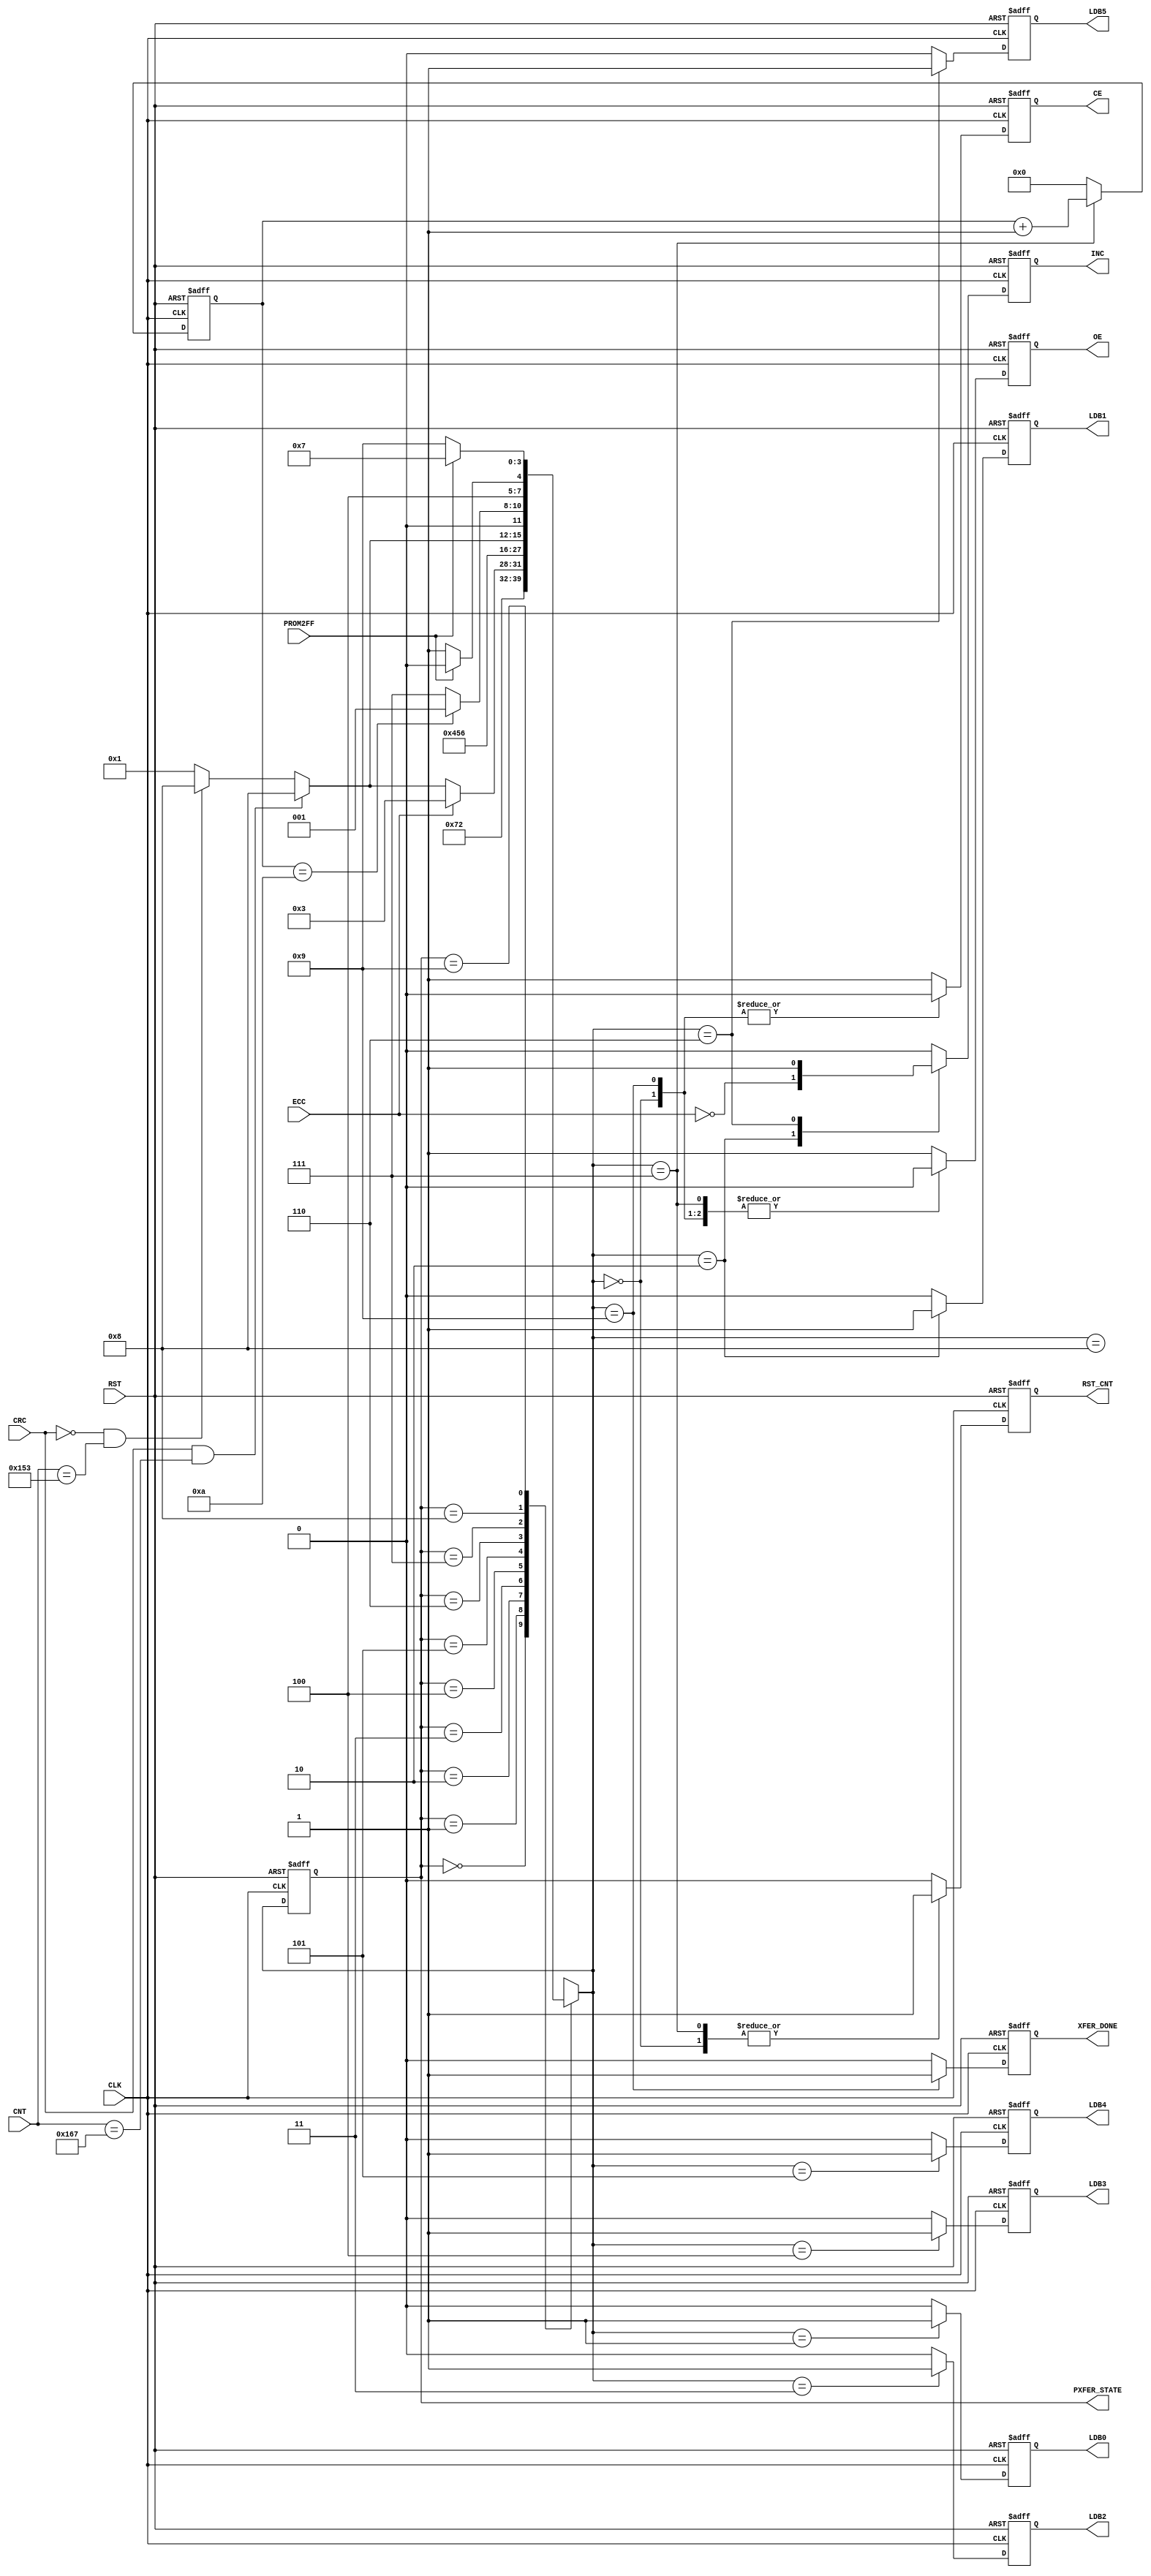

// Created by fizzim_tmr.pl version $Revision: 4.44 on 2018:08:30 at 15:36:36 (www.fizzim.com)

module Prom_Xfer_FSM 
  #(
    parameter MAX_WRDS = 9'd34,
    parameter NMAX = 9'd10
  )(
  output reg CE,
  output reg INC,
  output reg LDB0,
  output reg LDB1,
  output reg LDB2,
  output reg LDB3,
  output reg LDB4,
  output reg LDB5,
  output reg OE,
  output reg RST_CNT,
  output reg XFER_DONE,
  output wire [3:0] PXFER_STATE,
  input CLK,
  input wire [8:0] CNT,
  input CRC,
  input ECC,
  input PROM2FF,
  input RST 
);

  // state bits
  parameter 
  Idle      = 4'b0000, 
  Byte0     = 4'b0001, 
  Byte1     = 4'b0010, 
  Byte2     = 4'b0011, 
  Byte3     = 4'b0100, 
  Byte4     = 4'b0101, 
  Byte5     = 4'b0110, 
  Chip_Ena  = 4'b0111, 
  Disable   = 4'b1000, 
  Wait4Xfer = 4'b1001; 

  reg [3:0] state;

  assign PXFER_STATE = state;

  reg [3:0] nextstate;


  reg [3:0] tmr;

  // comb always block
  always @* begin
    nextstate = 4'bxxxx; // default to x because default_state_is_x is set
    case (state)
      Idle     :                                              nextstate = Chip_Ena;
      Byte0    :                                              nextstate = Byte1;
      Byte1    : if      (ECC)                                nextstate = Byte2;
                 else if (CRC && CNT==(NMAX*(MAX_WRDS+2))-1)  nextstate = Disable;
                 else if (!CRC && CNT==(NMAX*MAX_WRDS)-1)     nextstate = Disable;
                 else                                         nextstate = Byte0;
      Byte2    :                                              nextstate = Byte3;
      Byte3    :                                              nextstate = Byte4;
      Byte4    :                                              nextstate = Byte5;
      Byte5    : if      (CRC && CNT==(NMAX*(MAX_WRDS+2))-1)  nextstate = Disable;
                 else if (!CRC && CNT==(NMAX*MAX_WRDS)-1)     nextstate = Disable;
                 else                                         nextstate = Byte0;
      Chip_Ena : if      (tmr == 4'd10)                       nextstate = Byte0;
                 else                                         nextstate = Chip_Ena;
      Disable  : if      (!PROM2FF)                           nextstate = Wait4Xfer;
                 else                                         nextstate = Disable;
      Wait4Xfer: if      (PROM2FF)                            nextstate = Chip_Ena;
                 else                                         nextstate = Wait4Xfer;
    endcase
  end

  // Assign reg'd outputs to state bits

  // sequential always block
  always @(posedge CLK or posedge RST) begin
    if (RST)
      state <= Idle;
    else
      state <= nextstate;
  end

  // datapath sequential always block
  always @(posedge CLK or posedge RST) begin
    if (RST) begin
      CE <= 0;
      INC <= 0;
      LDB0 <= 0;
      LDB1 <= 0;
      LDB2 <= 0;
      LDB3 <= 0;
      LDB4 <= 0;
      LDB5 <= 0;
      OE <= 0;
      RST_CNT <= 1;
      XFER_DONE <= 0;
      tmr <= 0;
    end
    else begin
      CE <= 1; // default
      INC <= 0; // default
      LDB0 <= 0; // default
      LDB1 <= 0; // default
      LDB2 <= 0; // default
      LDB3 <= 0; // default
      LDB4 <= 0; // default
      LDB5 <= 0; // default
      OE <= 1; // default
      RST_CNT <= 0; // default
      XFER_DONE <= 0; // default
      tmr <= 0; // default
      case (nextstate)
        Idle     : begin
                          CE <= 0;
                          OE <= 0;
                          RST_CNT <= 1;
        end
        Byte0    :        LDB0 <= 1;
        Byte1    : begin
                          INC <= !ECC;
                          LDB1 <= 1;
        end
        Byte2    :        LDB2 <= 1;
        Byte3    :        LDB3 <= 1;
        Byte4    :        LDB4 <= 1;
        Byte5    : begin
                          INC <= 1;
                          LDB5 <= 1;
        end
        Chip_Ena : begin
                          OE <= 0;
                          RST_CNT <= 1;
                          tmr <= tmr+1;
        end
        Disable  :        OE <= 0;
        Wait4Xfer: begin
                          CE <= 0;
                          OE <= 0;
                          XFER_DONE <= 1;
        end
      endcase
    end
  end

  // This code allows you to see state names in simulation
  `ifndef SYNTHESIS
  reg [71:0] statename;
  always @* begin
    case (state)
      Idle     : statename = "Idle";
      Byte0    : statename = "Byte0";
      Byte1    : statename = "Byte1";
      Byte2    : statename = "Byte2";
      Byte3    : statename = "Byte3";
      Byte4    : statename = "Byte4";
      Byte5    : statename = "Byte5";
      Chip_Ena : statename = "Chip_Ena";
      Disable  : statename = "Disable";
      Wait4Xfer: statename = "Wait4Xfer";
      default  : statename = "XXXXXXXXX";
    endcase
  end
  `endif

endmodule